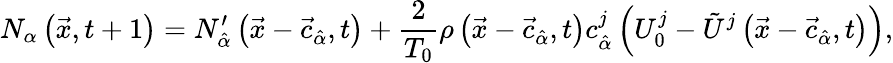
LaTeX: N_{\alpha}\left(\vec{x},t+1\right)=N_{\hat{\alpha}}^{\prime}\left(\vec{x}-\vec{c}_{\hat{\alpha}},t\right)+\frac{2}{T_{0}}\rho\left(\vec{x}-\vec{c}_{\hat{\alpha}},t\right)c_{\hat{\alpha}}^{j}\left(U_{0}^{j}-\tilde{U}^{j}\left(\vec{x}-\vec{c}_{\hat{\alpha}},t\right)\right),